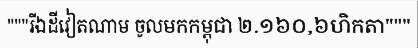
"""រីឯដីវៀតណាម ចូលមកកម្ពុជា ២.១៦០,៦ហិកតា"""